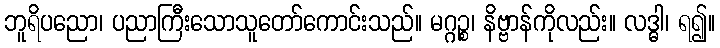
ဘူရိပညော၊ ပညာကြီးသောသူတော်ကောင်းသည်။ မဂ္ဂဉ္စ၊ နိဗ္ဗာန်ကိုလည်း။ လဒ္ဓါ၊ ရ၍။